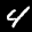
Label: 4